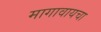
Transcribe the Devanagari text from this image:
मागावायचा